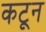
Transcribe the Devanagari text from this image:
कटून